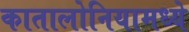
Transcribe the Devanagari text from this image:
कातालोनियामध्ये